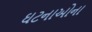
ઘટનાઓના